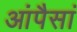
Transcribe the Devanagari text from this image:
आंपैसां